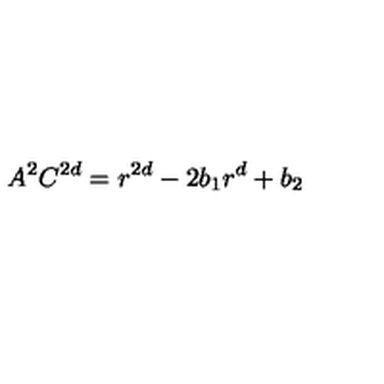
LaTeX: A ^ { 2 } C ^ { 2 d } = r ^ { 2 d } - 2 b _ { 1 } r ^ { d } + b _ { 2 }